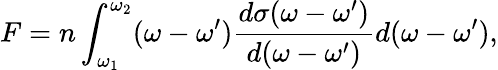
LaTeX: F=n\int_{\omega_{1}}^{\omega_{2}}(\omega-\omega^{\prime})\frac{d\sigma(\omega-\omega^{\prime})}{d(\omega-\omega^{\prime})}d(\omega-\omega^{\prime}),